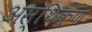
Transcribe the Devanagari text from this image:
अस्थिकण